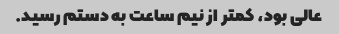
عالی بود، کمتر از نیم ساعت به دستم رسید.